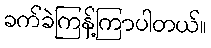
ခက်ခဲကြန့်ကြာပါတယ်။